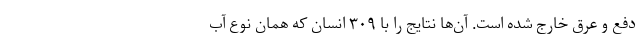
دفع و عرق خارج شده است. آن‌ها نتایج را با ۳۰۹ انسان که همان نوع آب